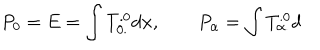
LaTeX: P _ { 0 } = E = \int T _ { 0 . } ^ { . 0 } d { \bf x } , \qquad P _ { \alpha } = \int T _ { \alpha . } ^ { . 0 } d